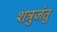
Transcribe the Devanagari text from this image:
शत्रुजंतु